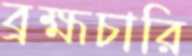
ব্রহ্মচারি